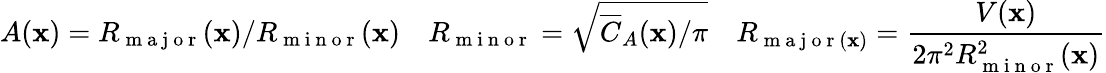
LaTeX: A(\mathbf{x})=R_{\mathrm{~m~a~j~o~r~}}(\mathbf{x})/R_{\mathrm{~m~i~n~o~r~}}(\mathbf{x})\quad R_{\mathrm{~m~i~n~o~r~}}=\sqrt{\overline{{C}}_{A}(\mathbf{x})/\pi}\quad R_{\mathrm{~m~a~j~o~r~}(\mathbf{x})}=\frac{V(\mathbf{x})}{2\pi^{2}R_{\mathrm{~m~i~n~o~r~}}^{2}(\mathbf{x})}